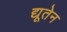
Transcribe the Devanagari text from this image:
द्यूतेन